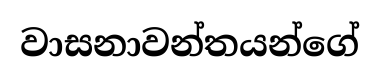
වාසනාවන්තයන්ගේ